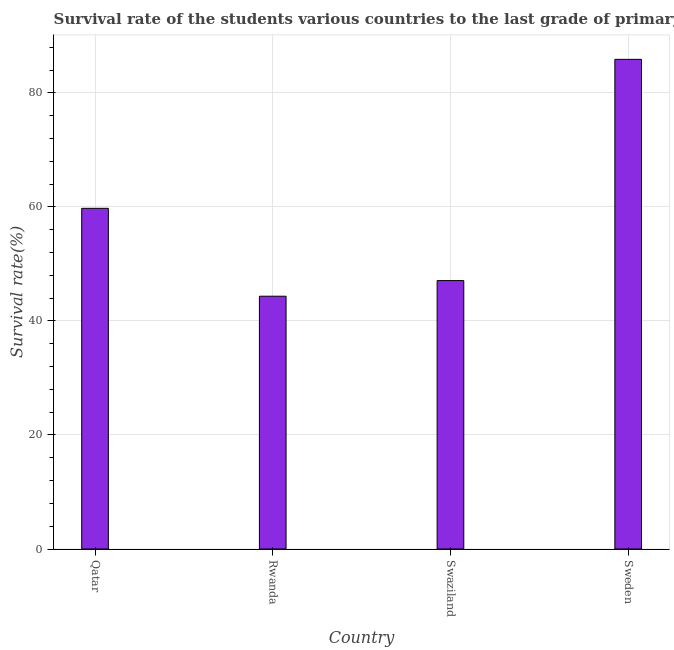
| Country | Primary Education |
 | --- | --- |
 | Qatar | 59.8 |
 | Rwanda | 44.3 |
 | Swaziland | 47.1 |
 | Sweden | 85.9 |